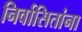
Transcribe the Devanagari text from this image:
निर्वासितांना